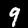
Label: 9